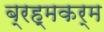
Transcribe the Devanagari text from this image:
ब्रह्मकर्म